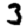
Digit: 3